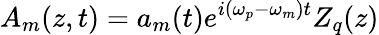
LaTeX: A_{m}(z,t)=a_{m}(t)e^{i(\omega_{p}-\omega_{m})t}Z_{q}(z)